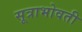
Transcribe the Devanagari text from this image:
सूत्राभोवती